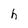
Character: h